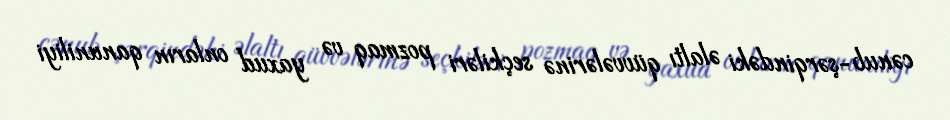
cənub-şərqindəki əlaltı qüvvələrinə seçkiləri pozmaq və yaxud onların qanuniliyi